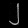
Digit: ၂